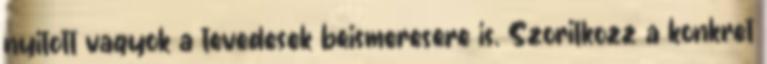
nyitott vagyok a tevedesek beismeresere is. Szoritkozz a konkret